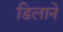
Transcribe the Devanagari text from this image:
डिलाने